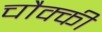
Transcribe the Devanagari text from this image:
चौक्की